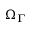
\Omega _ { \Gamma }